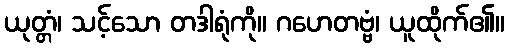
ယုတ္တံ၊ သင့်သော တဒါရုံကို။ ဂဟေတဗ္ဗံ၊ ယူထိုက်၏။